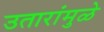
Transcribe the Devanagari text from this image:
उतारांमुळे